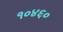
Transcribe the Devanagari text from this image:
१०४६०